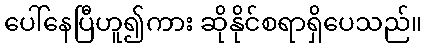
ပေါ်နေပြီဟူ၍ကား ဆိုနိုင်စရာရှိပေသည်။